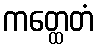
ကတ္ထေတံ